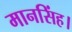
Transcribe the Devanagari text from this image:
मानसिंह।